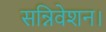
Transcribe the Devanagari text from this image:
सन्निवेशन।